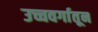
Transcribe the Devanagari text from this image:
उच्चवर्गातून